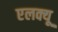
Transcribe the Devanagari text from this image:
एलक्यू